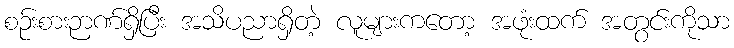
စဉ်းစားဉာဏ်ရှိပြီး အသိပညာရှိတဲ့ လူများကတော့ အဖုံးထက် အတွင်းကိုသာ